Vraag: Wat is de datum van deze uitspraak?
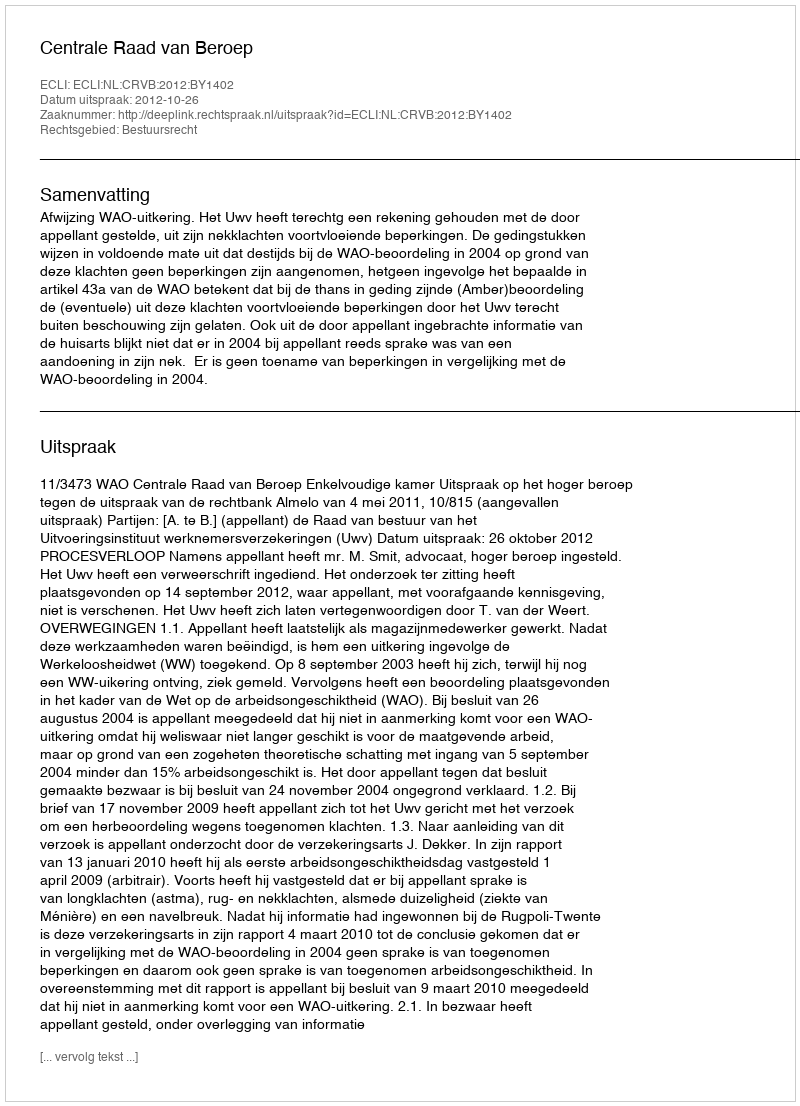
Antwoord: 2012-10-26